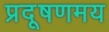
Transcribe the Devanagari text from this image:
प्रदूषणमय